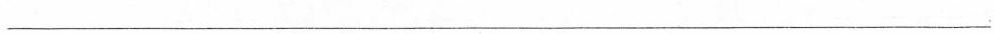
___